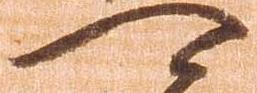
可